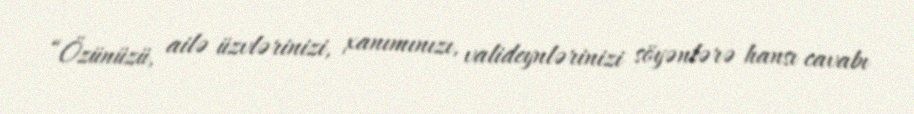
“Özünüzü, ailə üzvlərinizi, xanımınızı, valideynlərinizi söyənlərə hansı cavabı